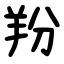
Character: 羒